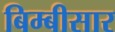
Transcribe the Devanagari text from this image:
बिम्बीसार